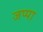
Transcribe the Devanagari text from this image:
जप्पा